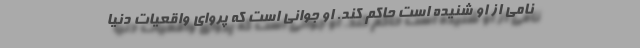
نامی از او شنیده است حاکم کند. او جوانی است که پروای واقعیات دنیا